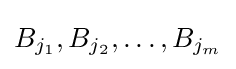
B_{j_{1}},B_{j_{2}},\dots ,B_{j_{m}}